Report on plague and inoculation in the Punjab from October 1st ... to September 30th..., being the ... season of plague in the province
Disease focus: Plague
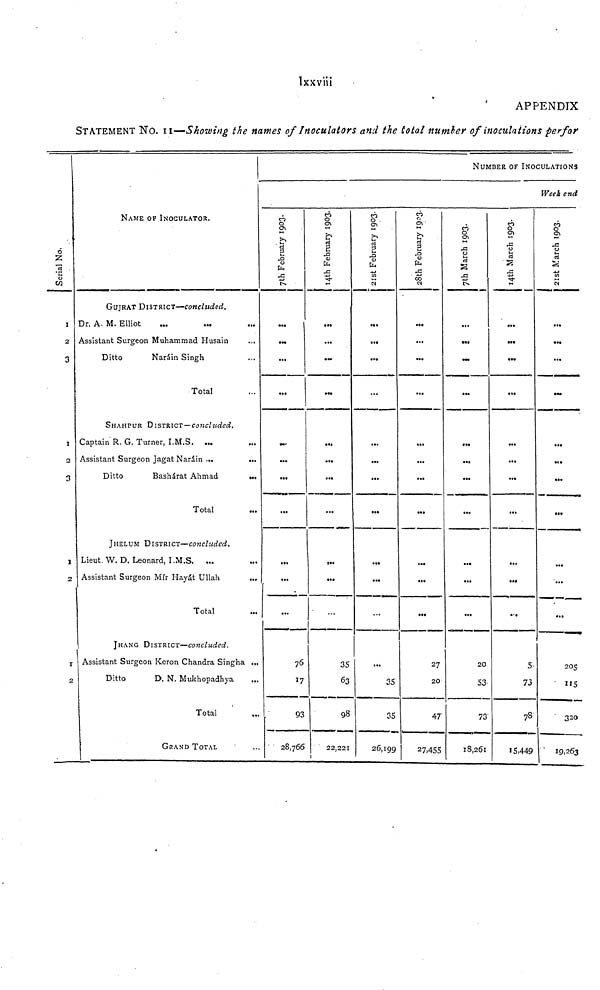
lxxviii
APPENDIX
STATEMENT NO. II—Showing the names of Inoculators and the total number of inoculations perfor
Serial No.
1
2
3
1
2
3
I
1
2
NAME OF INOCULATOR.
GUJRAT DISTRICT—concluded.
Dr. A. M. Elliot
Assistant Surgeon Muhammad Husain
Ditto
Naráin Singh
Total
SHAHPUR DISTRICT—concluded.
Captain R. G. Turner, I.M.S. ...
Assistant Surgeon Jagat Narain ...
...
Ditto
Bashárat Ahmad
...
Total
JHELUM DISTRICT—concluded.
Lieut. W. D. Leonard, I .M.S. ...
Assistant Surgeon Mir Hayát Ullah
Total
JHANG DISTRICT—concluded.
Assistant Surgeon Keron Chandra Singha
Ditto
D.
N. Mukhopadhya
Total
GRAND TOTAL
7th February 1903.
...
...
...
...
...
...
...
...
76
93
28,766
14th February 1903.
...
...
...
...
...
...
...
...
35
63
98
22,221
21st February 1903.
...
...
...
...
...
...
...
...
...
35
35
26,199
28th February 1903.
...
...
...
...
...
...
...
...
...
...
...
27
20
47
27.455
NUMBER OF INOCULATIONS
7th March 1903.
...
...
...
...
...
...
...
...
...
...
20
53.
73
18,261
14th March 1903.
...
...
...
...
...
...
...
...
...
...
5
73
78
15,449
Week end
21st March 1903.
...
...
...
...
...
...
...
...
...
205
320
19,263